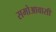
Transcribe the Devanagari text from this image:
समोआवासी